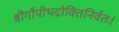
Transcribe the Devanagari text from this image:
श्रीर्गोपीभद्रोक्तिनिर्वतः।